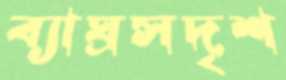
ব্যাঘ্রসদৃশ